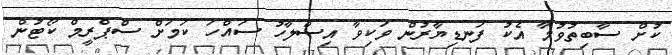
ކުށް ސާބިތުވުމާ އެކު ފަނޑިޔާރުން ވަކިވާ އިސްލާހު ސައްހަ ކަމަށް ސްޕްރީމް ކޯޓުން